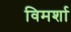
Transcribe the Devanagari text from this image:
विमर्शा